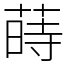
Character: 蒔